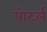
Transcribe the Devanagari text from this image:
पोर्ट्ल